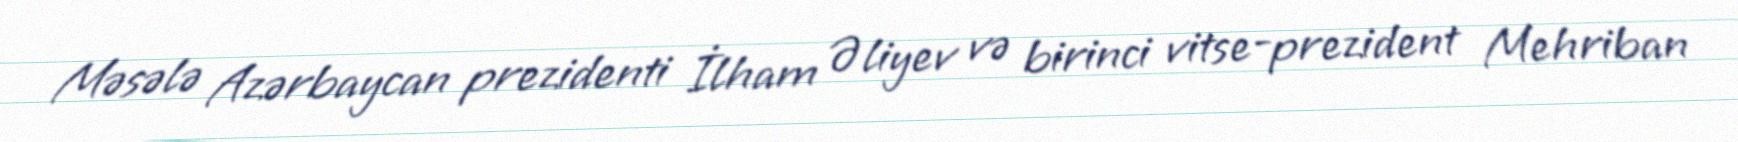
Məsələ Azərbaycan prezidenti İlham Əliyev və birinci vitse-prezident Mehriban